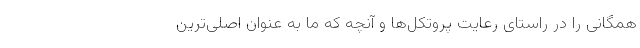
همگانی را در راستای رعایت پروتکل‌ها و آنچه که ما به عنوان اصلی‌ترین